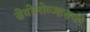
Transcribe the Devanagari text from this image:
सेवोलोव्ज्हसकी